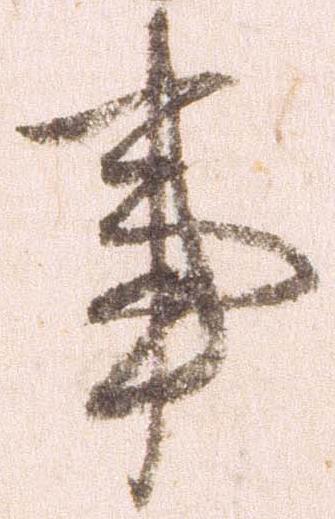
事